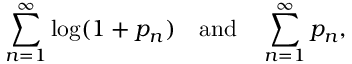
\sum _ { n = 1 } ^ { \infty } \log ( 1 + p _ { n } ) \quad { \mathrm { a n d } } \quad \sum _ { n = 1 } ^ { \infty } p _ { n } ,